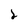
Character: 2